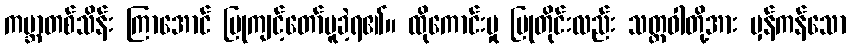
ကမ္ဘာတစ်သိန်း ကြာအောင် ပြုကျင့်တော်မူခဲ့ရ၏။ ထိုကောင်းမှု ပြုတိုင်းလည်း သတ္တဝါတို့အား မှန်ကန်သော